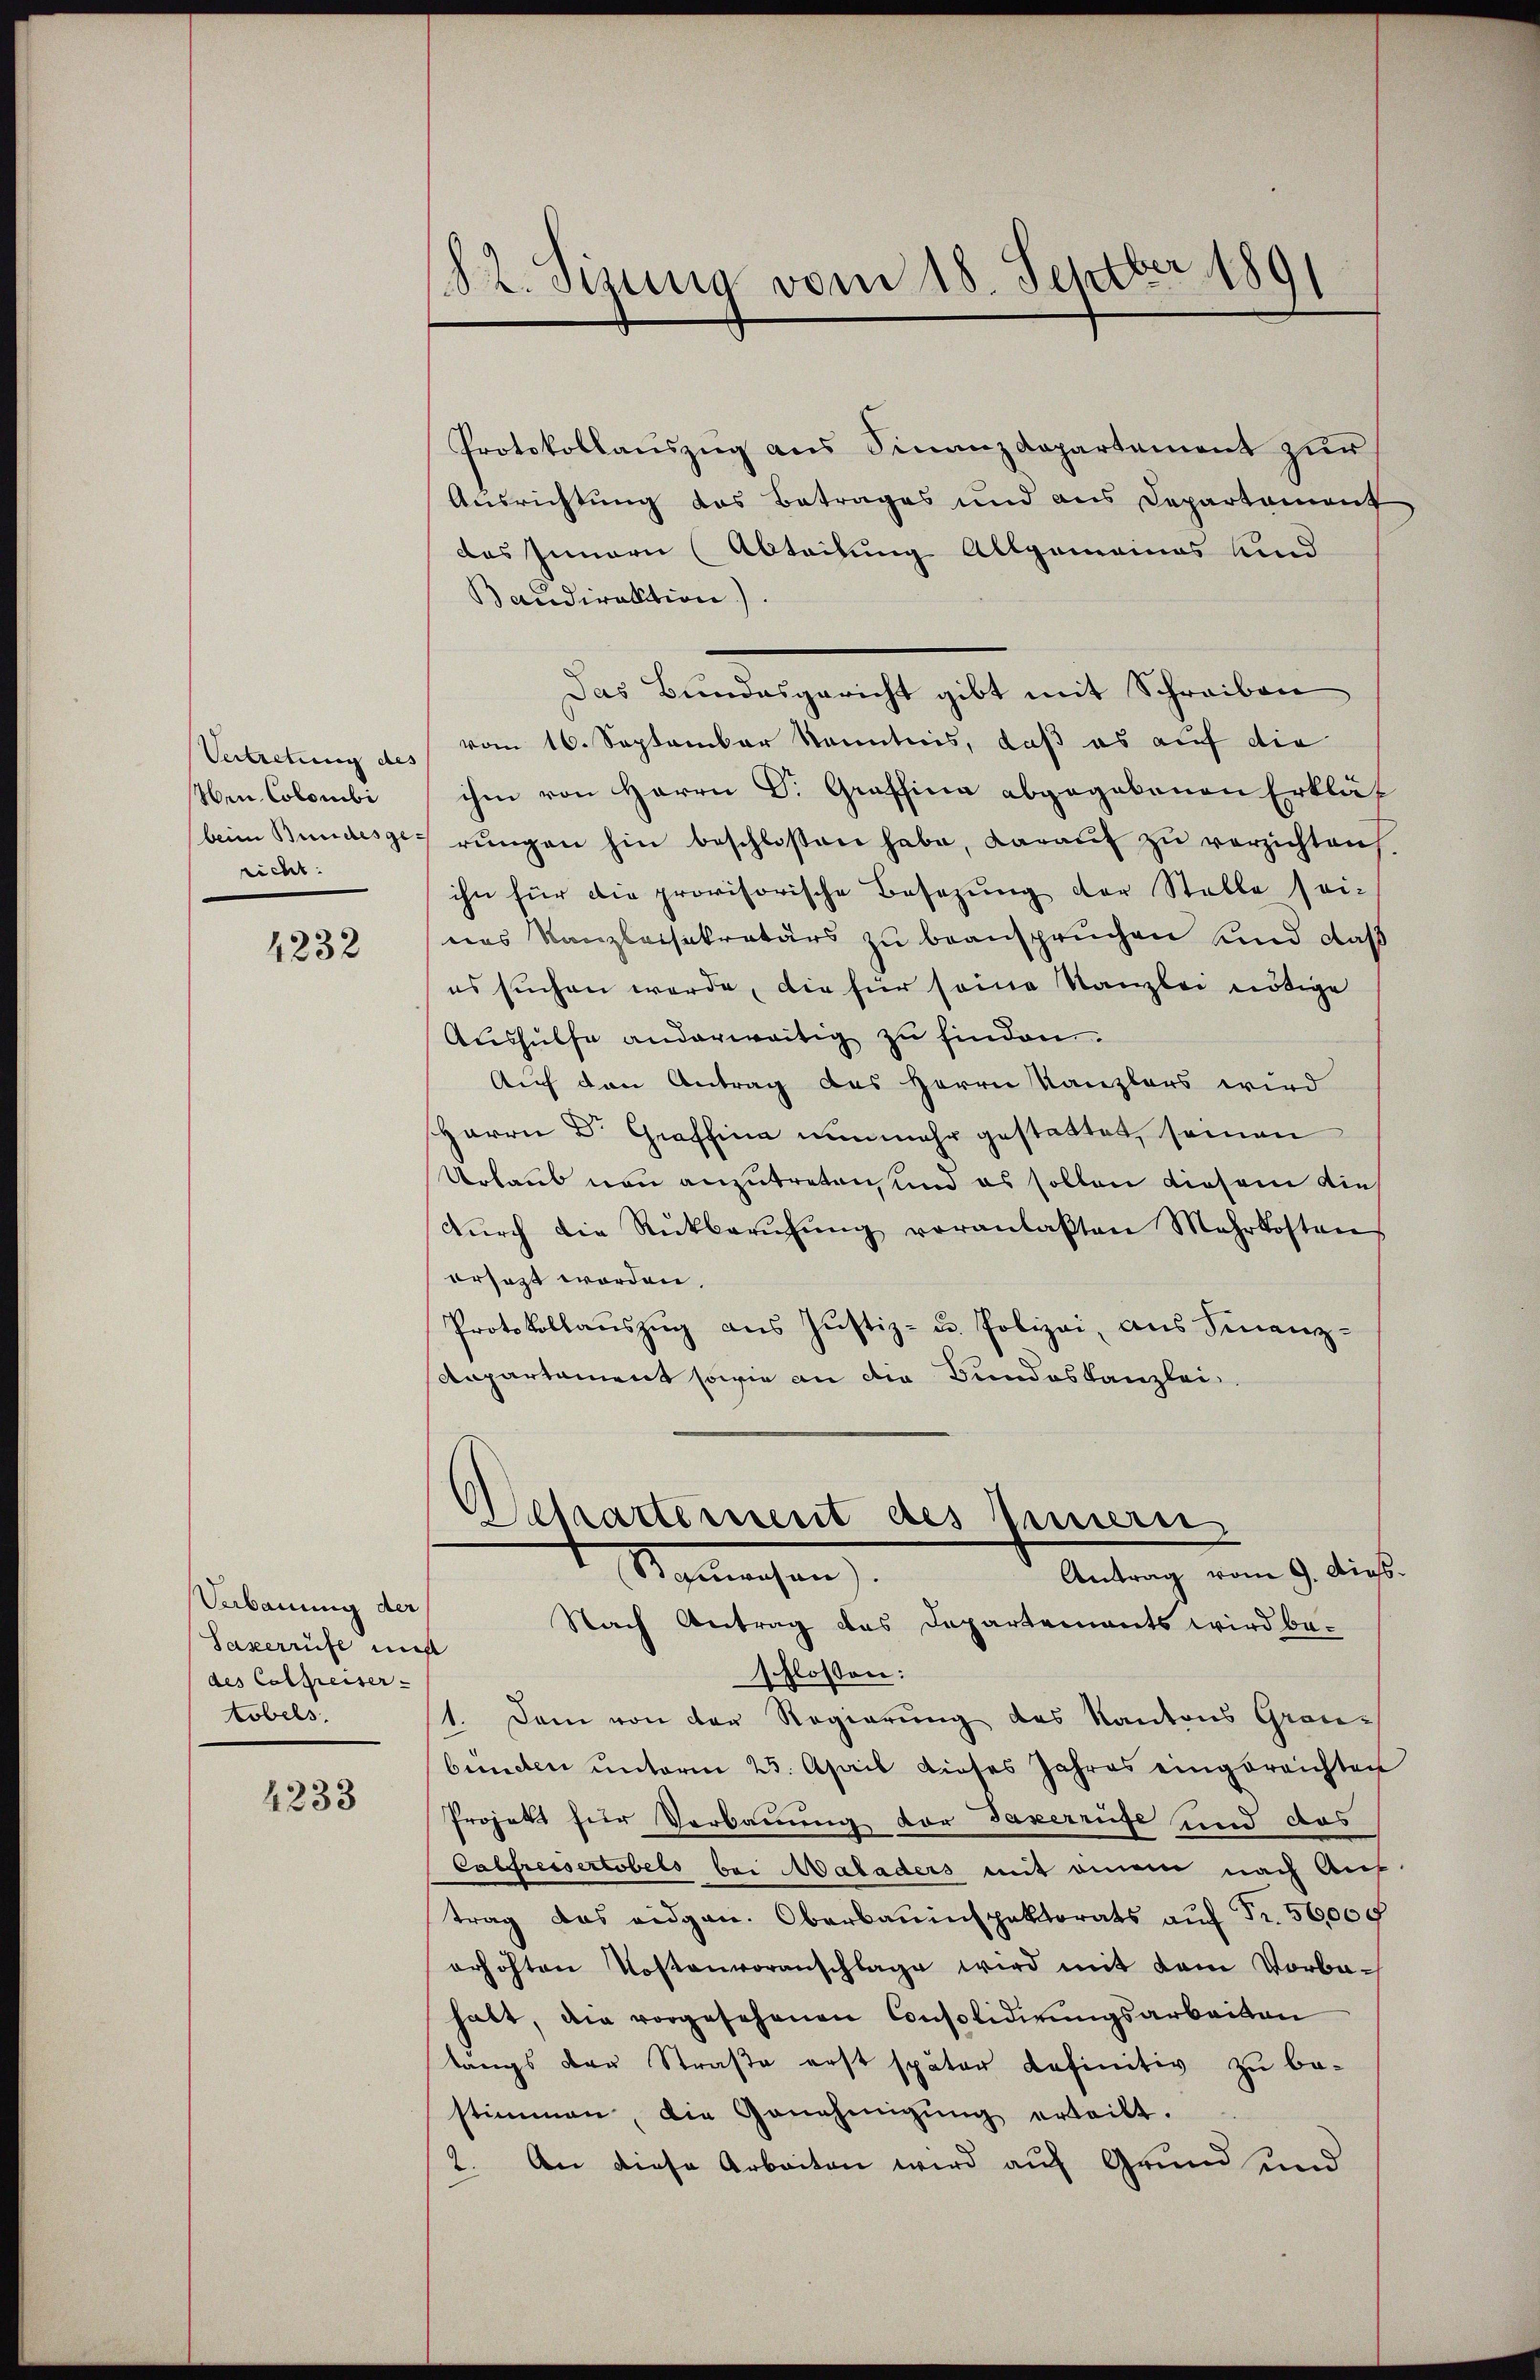
Vertretung des
Nen. Colombi
beim Bundesge:
richt:

1232

Verbauung der
Saxerrüfe und
des Colpreiser-
tobels.

4233

§ 2. Sizung vom 18. Septber 1891

Protokollaŭszŭg ans Finanzdepartement zŭr
Ausrichtung des Betrages und aus Departement
des Innern (Abteilung Allgemeines Kind
Baudirektion).
Das Bundesgericht gibt mit Schreiben
vom 16. September kenntnis, daß es auf die
ihm von Herrn Dr. Graffina abgegebenen Erklät
rŭngen hin beschloßen habe, darauf zu verzichten,
ihn für die provisorische Besetzung der Stelle sei-
nes Kanzleisekretärs zu beanspruchen und daß
es suchen werde, die für seine Kanzlei nötige
Aushülfe anderweitig zu finden.
Auf den Antrag des Herrn Kanzlers wird
HHerrn Dr. Graffina nunmehr gestattet, seinen
Urlaub neu anzutreten, und es sollen diesem die
dŭrch die Rückberŭhŭng voranlaβten Mehrkosten
ersagt worden
Protokollauszug aus Justiz- u. Polizei, aus Finanz-
Aapartament sowie an die Bundeskanzlei¬
Departement des Innern
Antrag vom 9. Dips.
Salmachen
Nach Antrag das Departements wird be-
schlossen:
1. Dann von der Regierung des Kantons Graubunden unterm 23. April dieses Jahres eingereichten
Projekt für Verbauung vor Taxerrufe und das
Calfressertobels bei Maladers mit einem nach Auf-
trag das eidgen. Oberbauenspektorats auf Fr. 50,000
erhöhten Kostenvoranschlage wird mit dem Vorba-
habt, die vorgesehenen Consolidirŭngsarbeiten
langs der Straße erst später definitiv zu be-
stimmen, die Genehmigŭng erteilt.
2. An diese Arbeiten wird auf Grund und